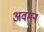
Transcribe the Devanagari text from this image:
अवमन